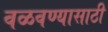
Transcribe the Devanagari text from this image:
वळवण्यासाठी